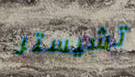
تشيستر